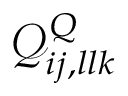
\mathcal { Q } _ { i j , l l k } ^ { Q }